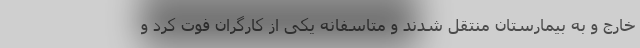
خارج و به بیمارستان منتقل شدند و متاسفانه یکی از کارگران فوت کرد و